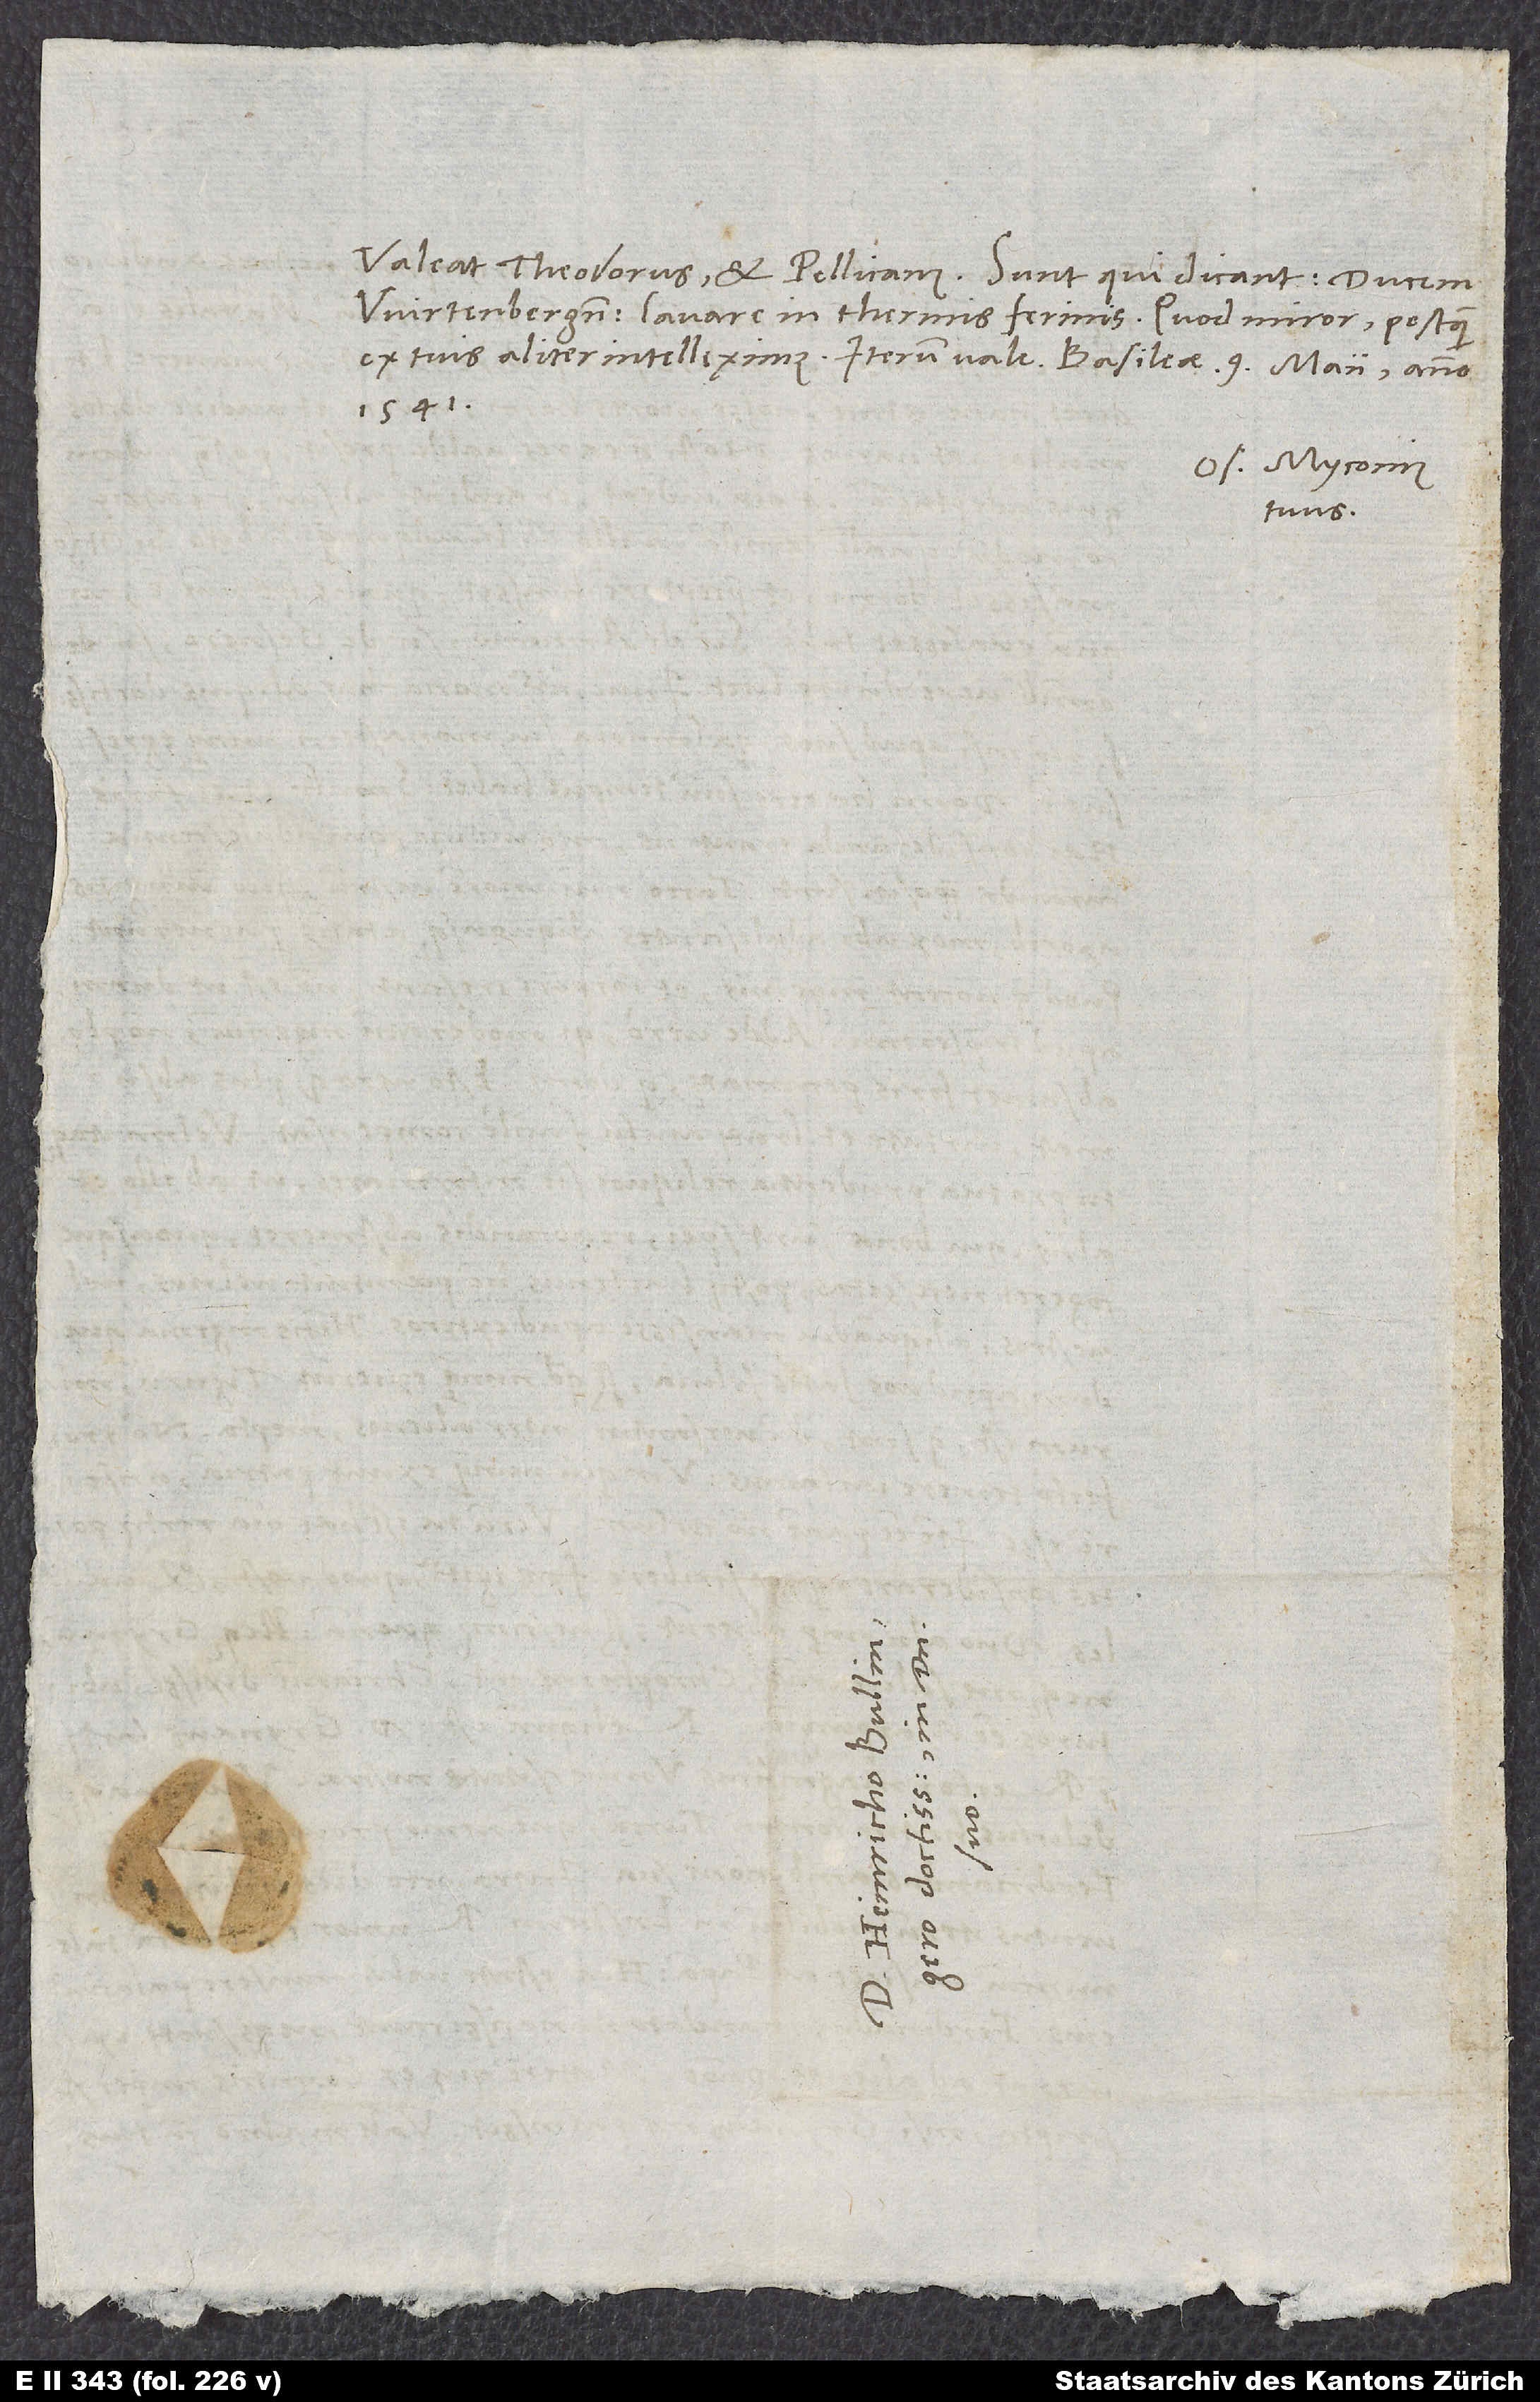
Valeat Theodorus et Pellicanus. Sunt, qui dicant ducem
Wirtenbergensem lavare in Thermis Ferinis, quod miror, postquam
1541.
Os. Myconius
tuus.
S.